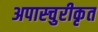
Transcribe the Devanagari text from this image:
अपास्चुरीकृत